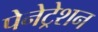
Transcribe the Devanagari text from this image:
पेनेट्रेशन